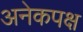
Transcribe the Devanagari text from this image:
अनेकपक्ष